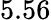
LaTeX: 5.56